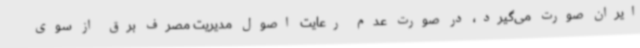
ایران صورت می‌گیرد، در صورت عدم رعایت اصول مدیریت مصرف برق از سوی